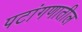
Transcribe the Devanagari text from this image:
पटांगणातील